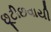
છૂટીછવાયી